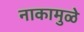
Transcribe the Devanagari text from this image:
नाकामुळे